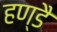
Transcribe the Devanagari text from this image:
हण्डै